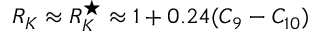
R _ { K } \approx R _ { K } ^ { \star } \approx 1 + 0 . 2 4 ( C _ { 9 } - C _ { 1 0 } )